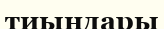
тиындары